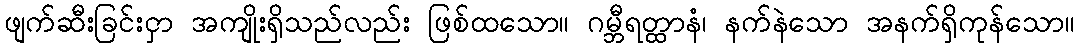
ဖျက်ဆီးခြင်းငှာ အကျိုးရှိသည်လည်း ဖြစ်ထသော။ ဂမ္ဘီရတ္ထာနံ၊ နက်နဲသော အနက်ရှိကုန်သော။